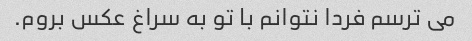
می ترسم فردا نتوانم با تو به سراغ عکس بروم.